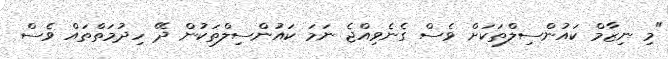
"މި ނިޒާމް ކައުންސިލްތަކަށް ވެސް ގެނެވިއްޖެ ނަމަ ކައުންސިލްތަކުން ދޭ ހިދުމަތްތައް ވެސް